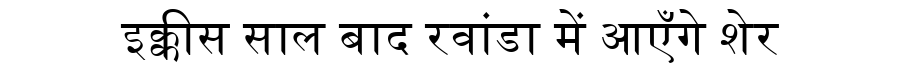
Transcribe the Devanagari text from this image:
इक्कीस साल बाद रवांडा में आएँगे शेर